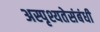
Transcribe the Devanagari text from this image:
अस्पृश्यतेसंबंधी